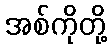
အစ်ကိုတို့